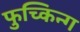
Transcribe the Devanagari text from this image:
फुच्किन्ग